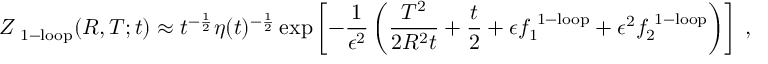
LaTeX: Z _ { \mathrm { \scriptsize ~ 1 - l o o p } } ( R , T ; t ) \approx t ^ { - { \frac { 1 } { 2 } } } \eta ( t ) ^ { - { \frac { 1 } { 2 } } } \exp \left[ - { \frac { 1 } { \epsilon ^ { 2 } } } \left( { \frac { T ^ { 2 } } { 2 R ^ { 2 } t } } + { \frac { t } { 2 } } + \epsilon f _ { 1 } ^ { \mathrm { \scriptsize ~ 1 - l o o p } } + \epsilon ^ { 2 } f _ { 2 } ^ { \mathrm { \scriptsize ~ 1 - l o o p } } \right) \right] \; ,